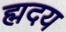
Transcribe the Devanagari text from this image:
ह्मदय